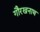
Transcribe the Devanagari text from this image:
गौरखनाथ